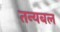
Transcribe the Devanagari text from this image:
तन्यबल